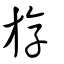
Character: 斿